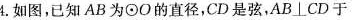
4.如图，已知AB为⊙O的直径，CD是弦，AB⊥CD于